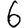
Digit: 6